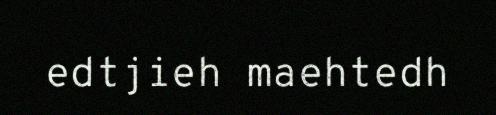
edtjieh maehtedh